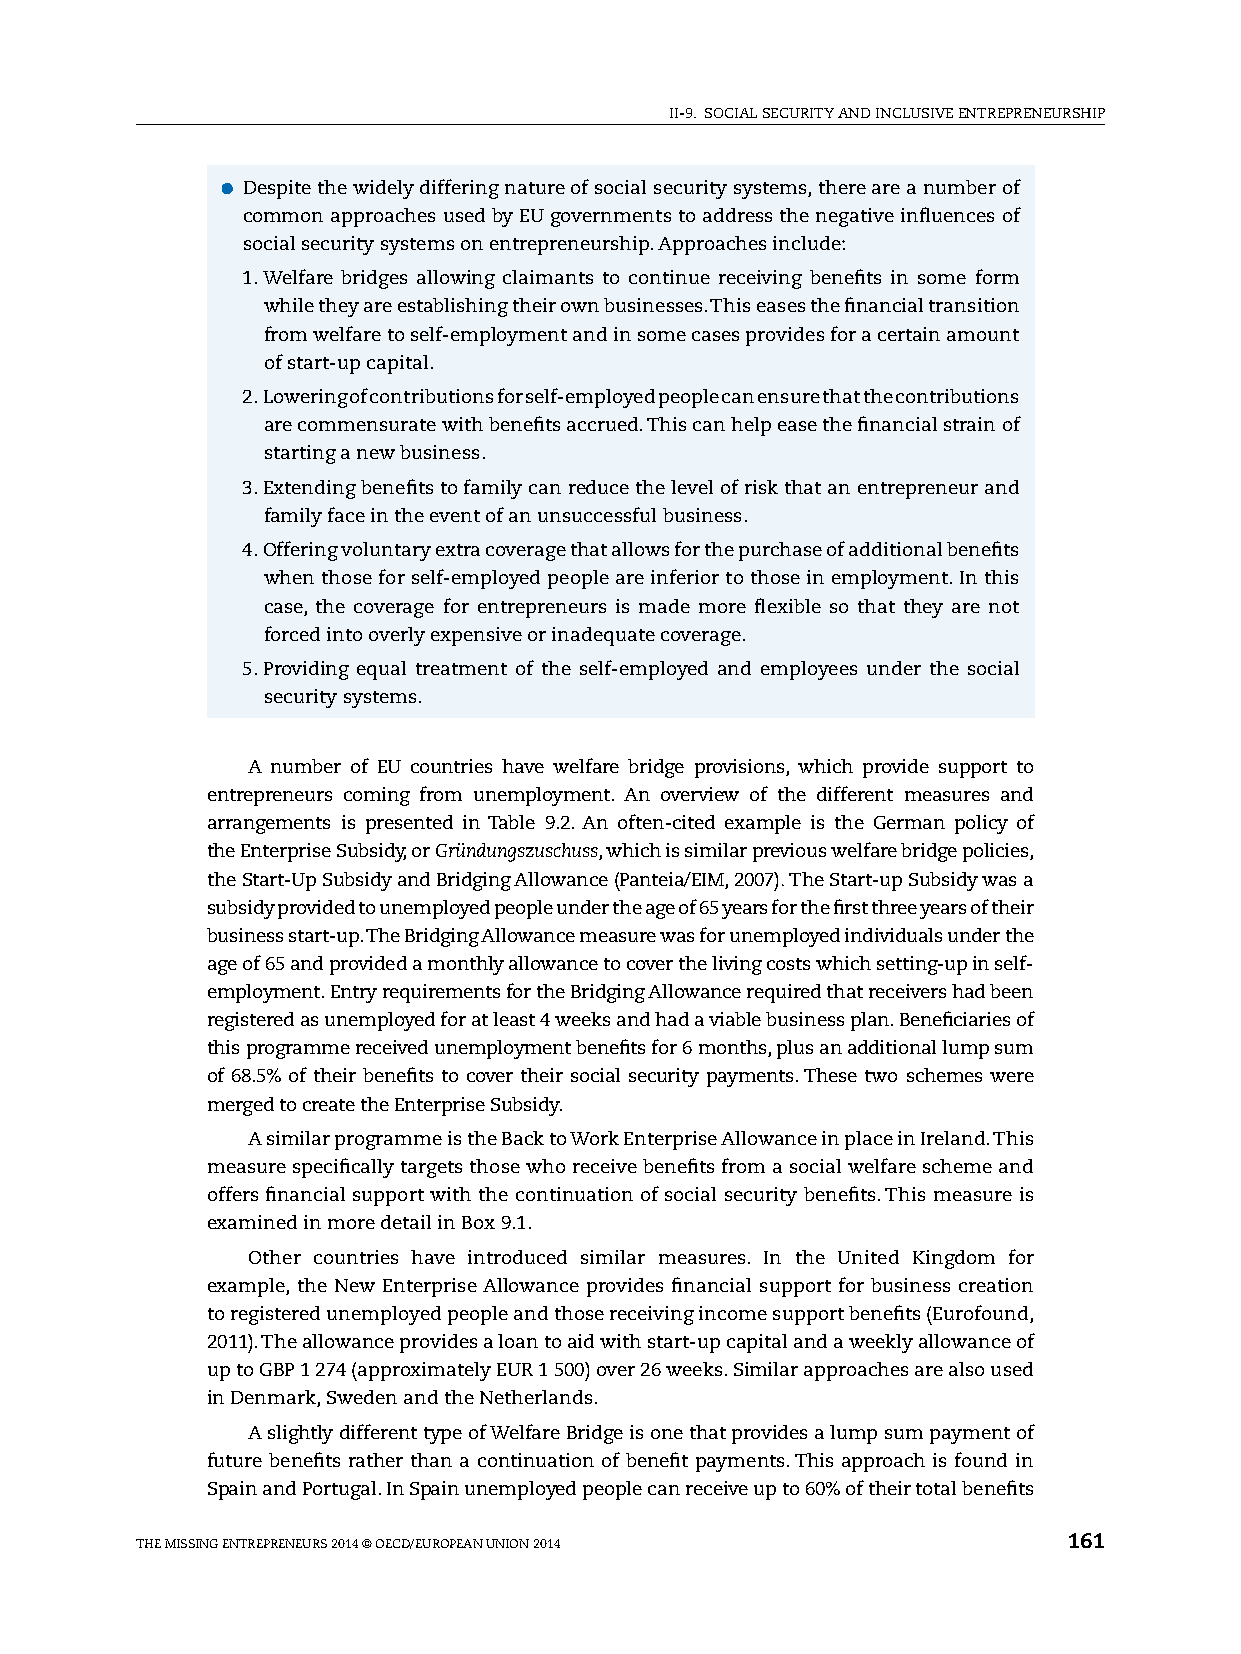
II-9. sOCIAl sECURITy AND INClUsIvE ENTREpRENEURshIp
 ●●Despite the widely differing nature of social security systems, there are a number of
 common approaches used by EU governments to address the negative influences of
 social security systems on entrepreneurship. Approaches include:
 1. Welfare bridges allowing claimants to continue receiving benefits in some form
 while they are establishing their own businesses. This eases the financial transition
 from welfare to self-employment and in some cases provides for a certain amount
 of start-up capital.
 2. lowering of contributions for self-employed people can ensure that the contributions
 are commensurate with benefits accrued. This can help ease the financial strain of
 starting a new business.
 3. Extending benefits to family can reduce the level of risk that an entrepreneur and
 family face in the event of an unsuccessful business.
 4. Offering voluntary extra coverage that allows for the purchase of additional benefits
 when those for self-employed people are inferior to those in employment. In this
 case, the coverage for entrepreneurs is made more flexible so that they are not
 forced into overly expensive or inadequate coverage.
 5. providing equal treatment of the self-employed and employees under the social
 security systems.
 A number of EU countries have welfare bridge provisions, which provide support to
 entrepreneurs coming from unemployment. An overview of the different measures and
 arrangements is presented in Table 9.2. An often-cited example is the German policy of
 the Enterprise subsidy, or Gründungszuschuss, which is similar previous welfare bridge policies,
 the start-Up subsidy and Bridging Allowance (panteia/EIM, 2007). The start-up subsidy was a
 subsidy provided to unemployed people under the age of 65 years for the first three years of their
 business start-up. The Bridging Allowance measure was for unemployed individuals under the
 age of 65 and provided a monthly allowance to cover the living costs which setting-up in self-
 employment. Entry requirements for the Bridging Allowance required that receivers had been
 registered as unemployed for at least 4 weeks and had a viable business plan. Beneficiaries of
 this programme received unemployment benefits for 6 months, plus an additional lump sum
 of 68.5% of their benefits to cover their social security payments. These two schemes were
 merged to create the Enterprise subsidy.
 A similar programme is the Back to Work Enterprise Allowance in place in Ireland. This
 measure specifically targets those who receive benefits from a social welfare scheme and
 offers financial support with the continuation of social security benefits. This measure is
 examined in more detail in Box 9.1.
 Other countries have introduced similar measures. In the United Kingdom for
 example, the New Enterprise Allowance provides financial support for business creation
 to registered unemployed people and those receiving income support benefits (Eurofound,
 2011). The allowance provides a loan to aid with start-up capital and a weekly allowance of
 up to GBp 1 274 (approximately EUR 1 500) over 26 weeks. similar approaches are also used
 in Denmark, sweden and the Netherlands.
 A slightly different type of Welfare Bridge is one that provides a lump sum payment of
 future benefits rather than a continuation of benefit payments. This approach is found in
 spain and portugal. In spain unemployed people can receive up to 60% of their total benefits
 ThE MIssING ENTREpRENEURs 2014 © OECD/EUROpEAN UNION 2014     161